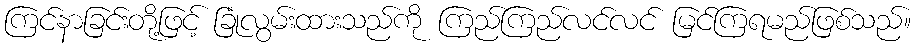
ကြင်နာခြင်းတို့ဖြင့် ခြုံလွမ်းထားသည်ကို ကြည်ကြည်လင်လင် မြင်ကြရမည်ဖြစ်သည်။